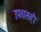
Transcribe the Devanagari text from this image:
उपवासही